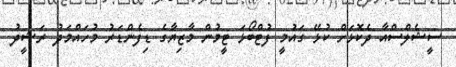
ސީޝެލްސްއާ ދެކޮޅަށް ކުޅޭ ގައުމީ ފުޓްބޯޅަ ޓީމުން މާޒިޔާގެ ޑިފެންޑަރު މުހައްމަދު ރަޝީދު